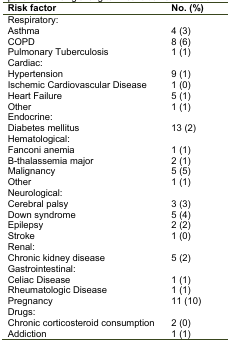
<table><thead><tr><td><b>Risk factor</b></td><td><b>No. (%)</b></td></tr></thead><tbody><tr><td>Respiratory:</td><td></td></tr><tr><td>Asthma</td><td>4 (3)</td></tr><tr><td>COPD</td><td>8 (6)</td></tr><tr><td>Pulmonary Tuberculosis</td><td>1 (1)</td></tr><tr><td>Cardiac:</td><td></td></tr><tr><td>Hypertension</td><td>9 (1)</td></tr><tr><td>Ischemic Cardiovascular Disease</td><td>1 (0)</td></tr><tr><td>Heart Failure</td><td>5 (1)</td></tr><tr><td>Other</td><td>1 (1)</td></tr><tr><td>Endocrine:</td><td></td></tr><tr><td>Diabetes mellitus</td><td>13 (2)</td></tr><tr><td>Hematological:</td><td></td></tr><tr><td>Fanconi anemia</td><td>1 (1)</td></tr><tr><td>Β-thalassemia major</td><td>2 (1)</td></tr><tr><td>Malignancy</td><td>5 (5)</td></tr><tr><td>Other</td><td>1 (1)</td></tr><tr><td>Neurological:</td><td></td></tr><tr><td>Cerebral palsy</td><td>3 (3)</td></tr><tr><td>Down syndrome</td><td>5 (4)</td></tr><tr><td>Epilepsy</td><td>2 (2)</td></tr><tr><td>Stroke</td><td>1 (0)</td></tr><tr><td>Renal:</td><td></td></tr><tr><td>Chronic kidney disease</td><td>5 (2)</td></tr><tr><td>Gastrointestinal:</td><td></td></tr><tr><td>Celiac Disease</td><td>1 (1)</td></tr><tr><td>Rheumatologic Disease</td><td>1 (1)</td></tr><tr><td>Pregnancy</td><td>11 (10)</td></tr><tr><td>Drugs:</td><td></td></tr><tr><td>Chronic corticosteroid consumption</td><td>2 (0)</td></tr><tr><td>Addiction</td><td>1 (1)</td></tr></tbody></table>